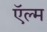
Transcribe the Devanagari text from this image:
ऍल्म